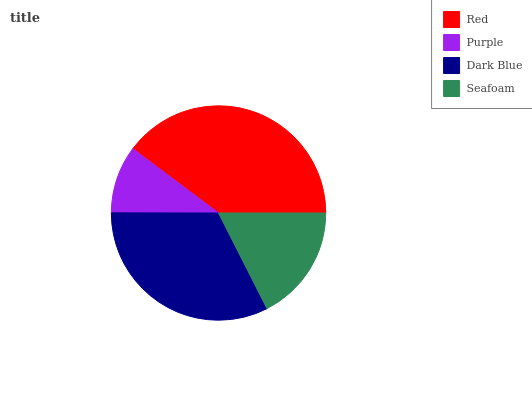
| Red | Purple | Dark Blue | Seafoam |
 | --- | --- | --- | --- |
 | 39.8% | 10.2% | 32.5% | 17.5% |